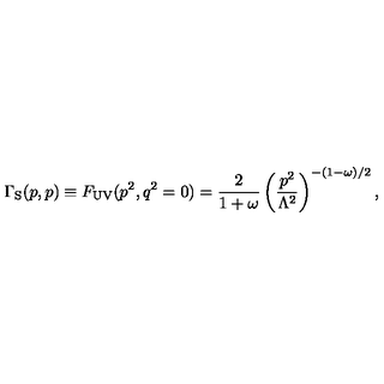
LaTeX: { \Gamma _ { \mathrm { S } } } ( p , p ) \equiv F _ { \mathrm { U V } } ( p ^ { 2 } , q ^ { 2 } = 0 ) = \frac { 2 } { 1 + \omega } \left( \frac { p ^ { 2 } } { \Lambda ^ { 2 } } \right) ^ { - ( 1 - \omega ) / 2 } ,